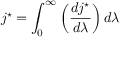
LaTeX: j ^ { \star } = \int _ { 0 } ^ { \infty } \left( { \frac { d j ^ { \star } } { d \lambda } } \right) d \lambda